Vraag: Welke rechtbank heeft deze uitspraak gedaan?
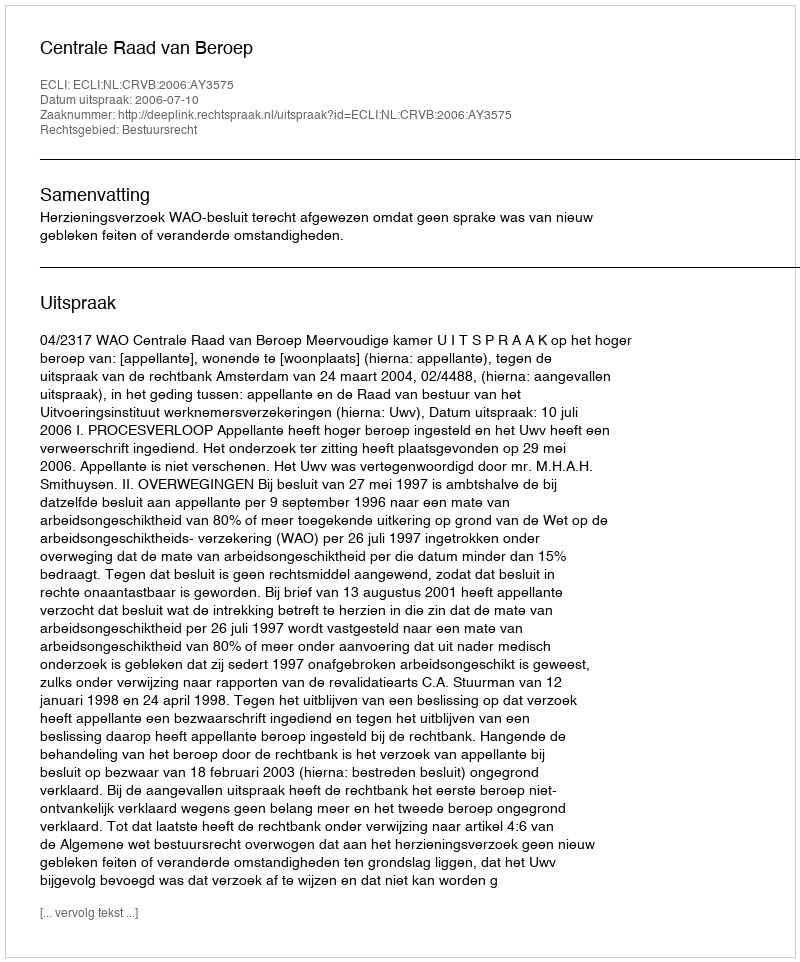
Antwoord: Centrale Raad van Beroep